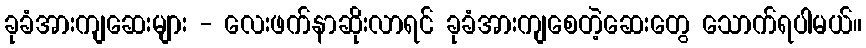
ခုခံအားကျဆေးများ - လေးဖက်နာဆိုးလာရင် ခုခံအားကျစေတဲ့ဆေးတွေ သောက်ရပါမယ်။